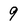
Character: 9